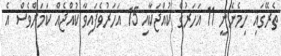
ތެރޭގައި ހިމެނެނީ 11 އަހަރުގެ ކުއްޖަކާއި 15 އަހަރުވެފައިވާ ކުއްޖެއް ކަމަށްވެސް އެ